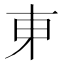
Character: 𬻍